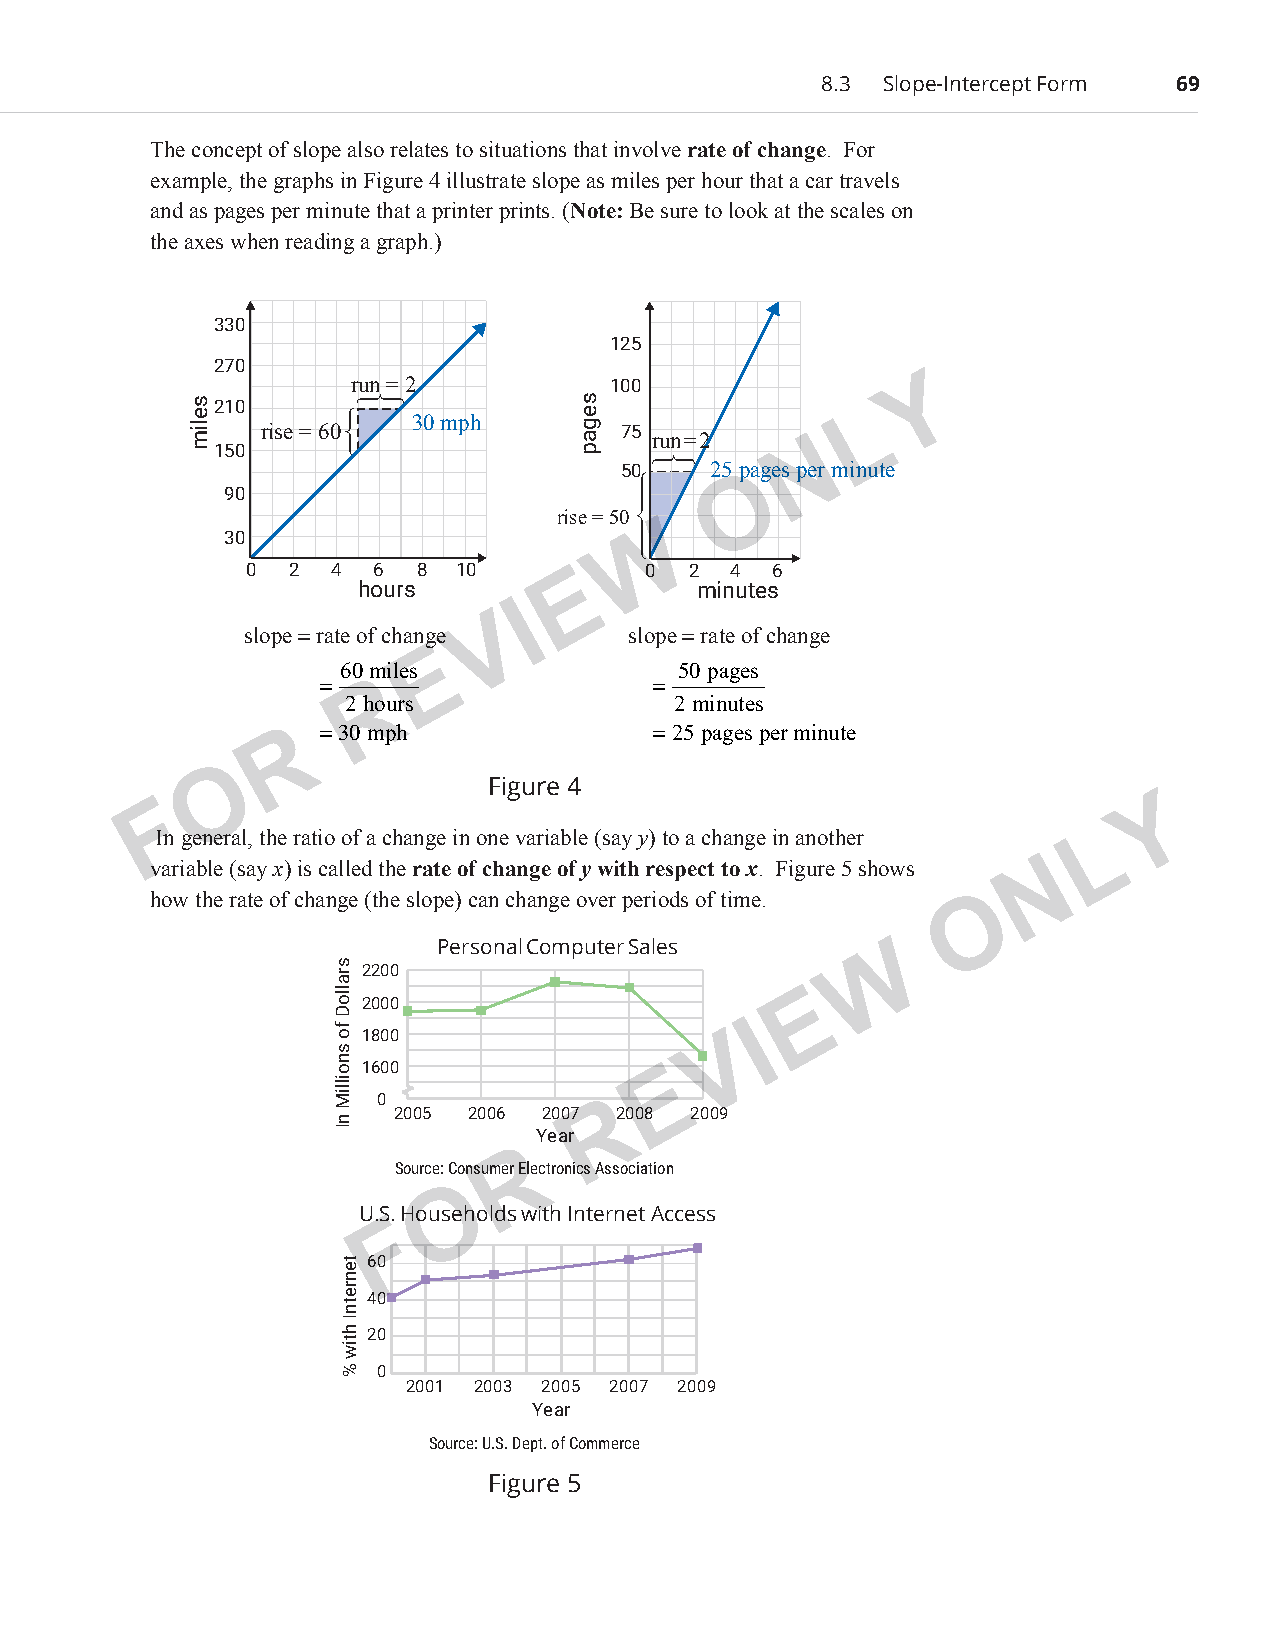
8.3 Slope-Intercept Form 69
 The concept of slope also relates to situations that involve rate of change. For
 example, the graphs in Figure 4 illustrate slope as miles per hour that a car travels
 and as pages per minute that a printer prints. (Note: Be sure to look at the scales on
 the axes when reading a graph.)
 330
 125
 270
 run = 2           100                 Y
  210
 L
 30 mph
 rise = 60               75
 run = 2   N
 150
 
 50    25 pages per minute
 O
 90
 rise = 50
 W
 30
 0  2  4  6  8 10      E    0  2  4 6
 hours                 minutes
 I
 V
 slope = rate of change    slope = rate of change
 E
 60 miles              50 pages
 =  R                  =
 2 hours               2 minutes
 R =30 mph               =25 pages per minute
 O
 Figure 4
 F                                                                 Y
 In general, the ratio of a change in one variable (say y) to a change in another L
 variable (say x) is called the rate of change of y with respect to x. Figure 5 shows N
 how the rate of change (the slope) can change over periods of time. O
 Personal Computer Sales     W
 2200
 E
 2000
 1800                    V
 I
 1600                E
 0              R
 2005 2006 2007 2008 2009
 Ye ar
 R
 Source: Consumer Electronics Association
 O
 U.S. Households with Internet Access
 F
 60
 40
 20
 0
 2001 2003 2005 2007 2009
 Year
 Source: U.S. Dept. of Commerce
 Figure 5
 PCM_Marketing_Booklet.indb 69                                            10/11/2017 10:02:03 AM
 selim
 
 sralloD
 fo
 snoilliM
 nI
 tenretnI
 htiw
 %
 segap
 